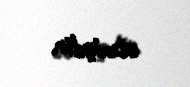
etmişdir.